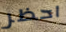
احظر